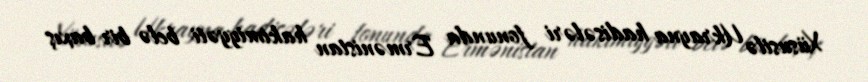
Xüsusilə Ukrayna hadisələri fonunda Ermənistan hakimiyyəti belə bir baxış